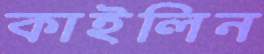
কাইলিন